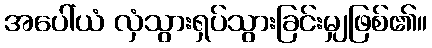
အပေါ်ယံ လှံသွားရှပ်သွားခြင်းမျှဖြစ်၏။